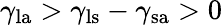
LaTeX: \gamma_{\mathrm{la}}>\gamma_{\mathrm{ls}}-\gamma_{\mathrm{sa}}>0